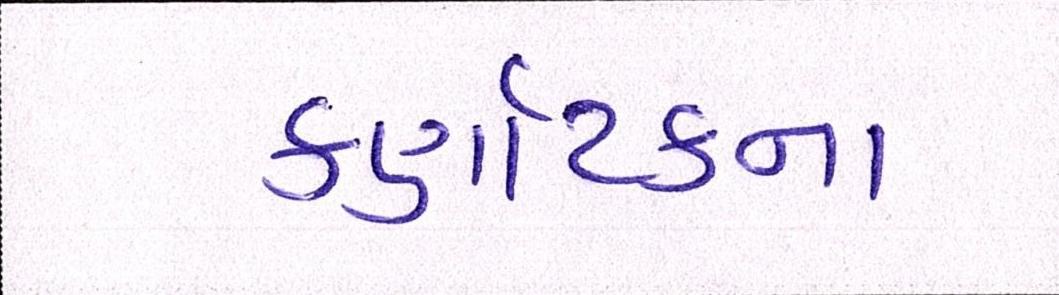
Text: કર્ણાટકના